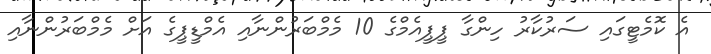
އެ ކޮމެޓީގައި ސަރުކާރު ހިންގާ ޕީޕީއެމްގެ 10 މެމްބަރުންނާއި އެމްޑީޕީގެ އަށް މެމްބަރުންނާއި